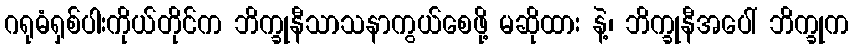
ဂရုဓံရှစ်ပါးကိုယ်တိုင်က ဘိက္ခုနီသာသနာကွယ်စေဖို့ မဆိုထား နဲ့၊ ဘိက္ခုနီအပေါ် ဘိက္ခုက